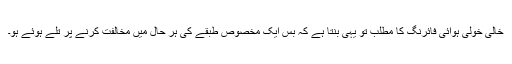
خالی خولی ہوائی فائرنگ کا مطلب تو یہی بنتا ہے کہ بس ایک مخصوص طبقے کی ہر حال میں مخالفت کرنے پر تلے ہوئے ہو۔